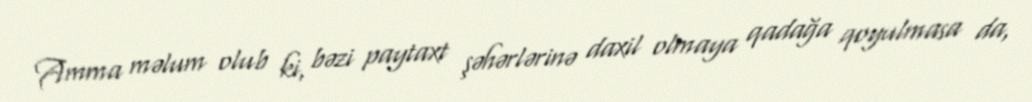
Amma məlum olub ki, bəzi paytaxt şəhərlərinə daxil olmaya qadağa qoyulmasa da,